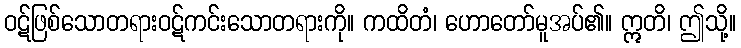
ဝဋ်ဖြစ်သောတရားဝဋ်ကင်းသောတရားကို။ ကထိတံ၊ ဟောတော်မူအပ်၏။ ဣတိ၊ ဤသို့။